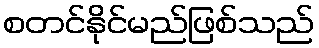
စတင်နိုင်မည်ဖြစ်သည်